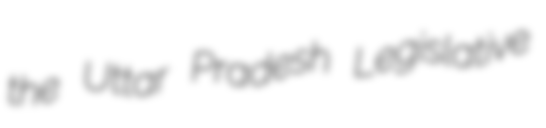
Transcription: the Uttar Pradesh Legislative